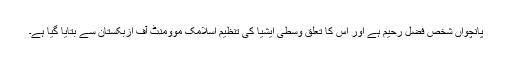
پانچواں شخص فضل رحیم ہے اور اس کا تعلق وسطی ایشیا کی تنظیم اسلامک موومنٹ آف ازبکستان سے بتایا گیا ہے۔